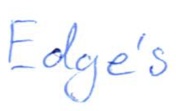
Text: Edge's
Cross-out: clean
Writing tool: ballpoint